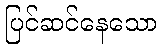
ပြင်ဆင်နေသော